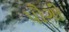
પૌગી